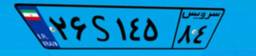
۰۳S۹۲۱۵۲